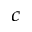
_ c